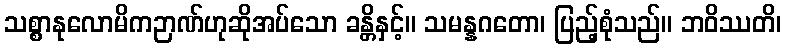
သစ္စာနုလောမိကဉာဏ်ဟုဆိုအပ်သော ခန္တိနှင့်။ သမန္နဂတော၊ ပြည့်စုံသည်။ ဘဝိဿတိ၊